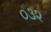
૦૩૨